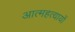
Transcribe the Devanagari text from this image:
आत्महत्यायों